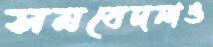
সমবেদনাও